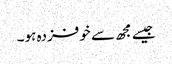
جیسے مجھ سے خوفزدہ ہو۔